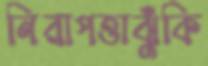
নিরাপত্তাঝুঁকি